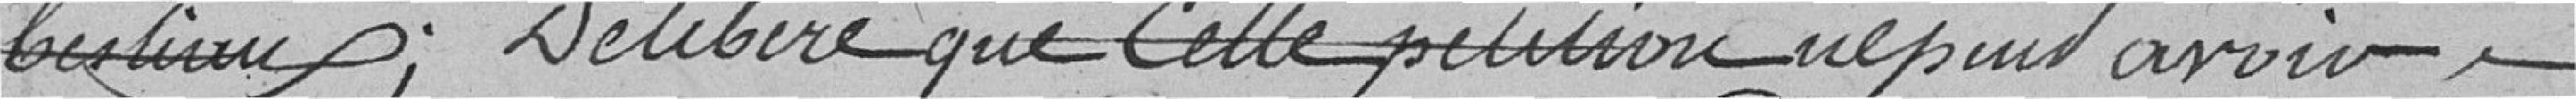
bestiaux ; délibère que cette pétition ne peut avoir